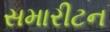
સમારીટન